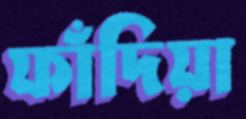
ফাঁদিয়া